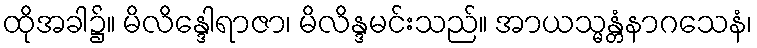
ထိုအခါ၌။ မိလိန္ဒေါရာဇာ၊ မိလိန္ဒမင်းသည်။ အာယသ္မန္တံနာဂသေနံ၊